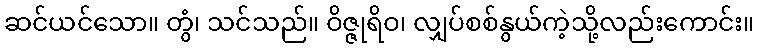
ဆင်ယင်သော။ တွံ၊ သင်သည်။ ဝိဇ္ဇုရိဝ၊ လျှပ်စစ်နွယ်ကဲ့သို့လည်းကောင်း။